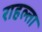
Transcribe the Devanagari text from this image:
राहल्ता